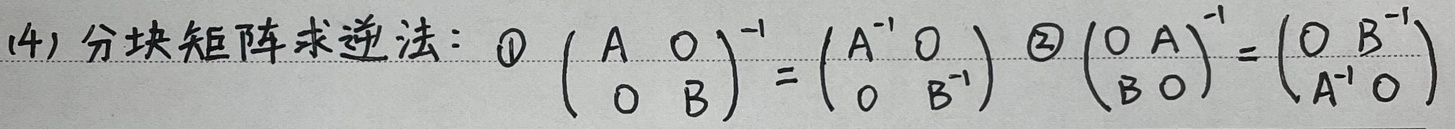
(4) 分块矩阵求逆法：\textcircled{1} $\begin{pmatrix}A&O\\O&B\end{pmatrix}^{-1}=\begin{pmatrix}A^{-1}&O\\O&B^{-1}\end{pmatrix}$ \textcircled{2} $\begin{pmatrix}O&A\\B&O\end{pmatrix}^{-1}=\begin{pmatrix}O&B^{-1}\\A^{-1}&O\end{pmatrix}$